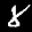
Label: 8